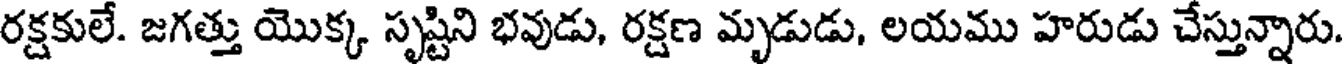
రక్షకులే. జగత్తు యొక్క సృష్టిని భవుడు, రక్షణ మృడుడు, లయము హరుడు చేస్తున్నారు.